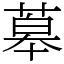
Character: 䔌